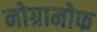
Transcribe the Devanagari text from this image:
नोग्रामोफ